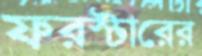
ফরস্টারের